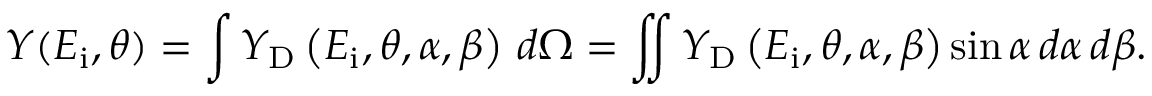
Y ( E _ { \mathrm { i } } , \theta ) = \int Y _ { \mathrm { D } } \left( E _ { \mathrm { i } } , \theta , \alpha , \beta \right) \, d \Omega = \iint Y _ { \mathrm { D } } \left( E _ { \mathrm { i } } , \theta , \alpha , \beta \right) \sin \alpha \, d \alpha \, d \beta .